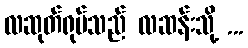
လဆုတ်ရုပ်သည် လဆန်းသို့ ...